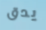
يدق